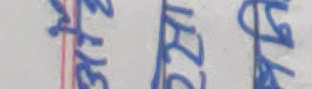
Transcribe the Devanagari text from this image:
३२४